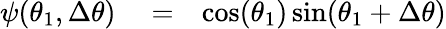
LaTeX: \begin{array}{rlr}{\psi(\theta_{1},\Delta\theta)}&{{}=}&{\cos(\theta_{1})\sin(\theta_{1}+\Delta\theta)}\end{array}